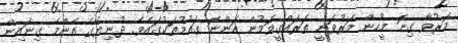
މަރުވާ ގިނަ މީހުން މަރުވަނީ ތަރައްގީވަމުން އަންނަ ގައުމުތަކުގައެވެ. ދުނިޔޭގެ އެންމެ ގިނައިން